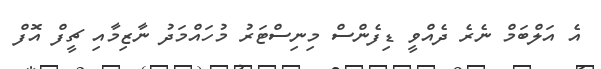
އެ އަލްބަމް ނެރެ ދެއްވީ ޑިފެންސް މިނިސްޓަރު މުހައްމަދު ނާޒިމާއި ޗީފް އޮފް